Bombay plague: being a history of the progress of plague in the Bombay presidency from September 1896 to June 1899
Year: 1896
Disease focus: Plague
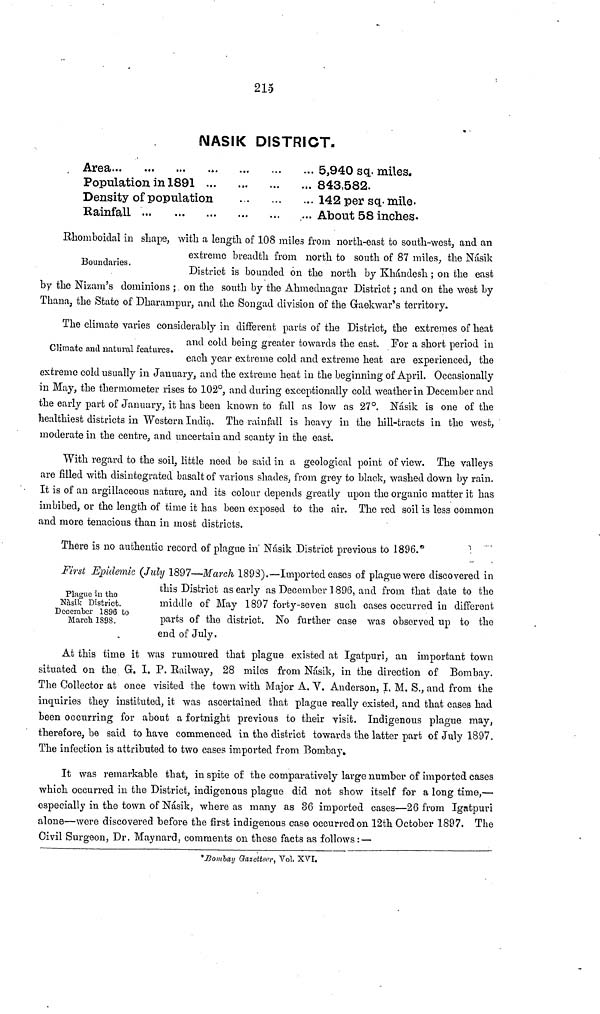
215
NASIK DISTRICT.
Area ... ... ... ...
Population in 1891 ...
Density of population
Rainfall ... ... ...
...
... 5,940 sq. miles.
... 843,582.
... 142 per sq. mile.
... About 58 inches.
Boundaries.
Rhomboidal in shape, with a length of 108 miles from north-east to south-west, and an
extreme breadth from north to south of 87 miles, the Násik
District is bounded on the north by Khándesh ; on the east
by the Nizam's dominions ; on the south by the Ahmednagar District ; and on the west by
Thana, the State of Dharampur, and the Songad division of the Gaekwar's territory.
Climate and natural features.
The climate varies considerably in different parts of the District, the extremes of heat
and cold being greater towards the east. For a short period in
each year extreme cold and extreme heat are experienced, the
extreme cold usually in January, and the extreme heat in the beginning of April. Occasionally
in May, the thermometer rises to 102°, and during exceptionally cold weather in December and
the early part of January, it has been known to fall as low as 27°. Násik is one of the
healthiest districts in Western India. The rainfall is heavy in the hill-tracts in the west,
moderate in the centre, and uncertain and scanty in the east.
With regard to the soil, little need be said in a geological point of view. The valleys
are filled with disintegrated basalt of various shades, from grey to black, washed down by rain.
It is of an argillaceous nature, and its colour depends greatly upon the organic matter it has
imbibed, or the length of time it has been exposed to the air. The red soil is less common
and more tenacious than in most districts.
There is no authentic record of plague in Násik District previous to 1896.
Plague in the
Nàsik District.
December 1896 to
March 1898.
First Epidemic (July 1897—March 1893).—Imported cases of plague were discovered in
this District as early as December 1896, and from that date to the
middle of May 1897 forty-seven such cases occurred in different
parts of the district. No further case was observed up to the
end of July.
At this time it was rumoured that plague existed at Igatpuri, an important town
situated on the G. I. P. Railway, 28 miles from Násik, in the direction of Bombay.
The Collector at once visited the town with Major A. V. Anderson, I. M. S., and from the
inquiries they instituted, it was ascertained that plague really existed, and that cases had
been occurring for about a fortnight previous to their visit. Indigenous plague may,
therefore, be said to have commenced in the district towards the latter part of July 1897.
The infection is attributed to two cases imported from Bombay.
It was remarkable that, in spite of the comparatively large number of imported cases
which occurred in the District, indigenous plague did not show itself for a long time,—
especially in the town of Násik, where as many as 86 imported cases—26 from Igatpuri
alone—were discovered before the first indigenous case occurred on 12th October 1897. The
Civil Surgeon, Dr. Maynard, comments on these facts as follows : —
* Bombay Gazetteer, Vol. XVI.